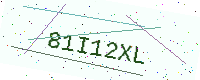
Text: 81I12XL